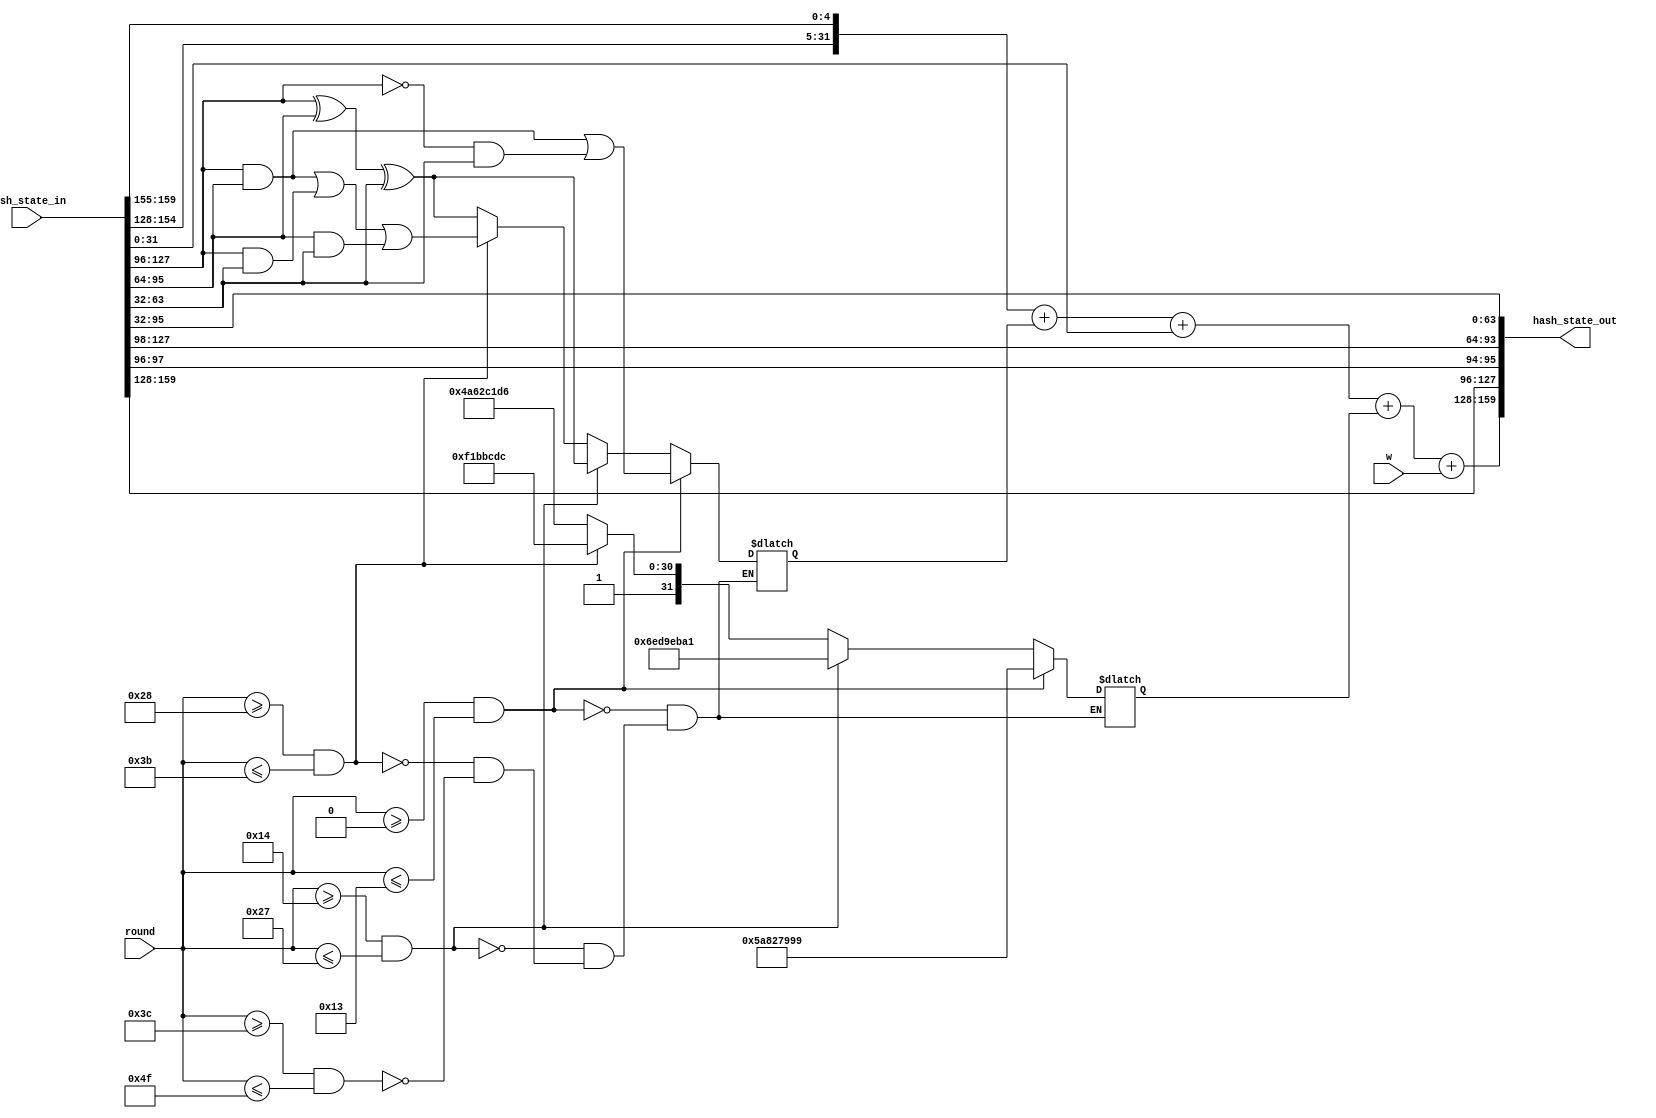
module sha1_compression(
   input  [159:0] hash_state_in,
   input  [ 31:0] w,
   input  [  6:0] round,
   output [159:0] hash_state_out
);
   reg  [31:0] k;
   reg  [31:0] f;
   wire [31:0] temp;
   
   wire [31:0] a = hash_state_in[159:128];
   wire [31:0] b = hash_state_in[127:96 ];
   wire [31:0] c = hash_state_in[ 95:64 ];
   wire [31:0] d = hash_state_in[ 63:32 ];
   wire [31:0] e = hash_state_in[ 31:0  ];
   
   assign temp = {a[26:0], a[31:27]} + f + e + k + w;
   assign hash_state_out = {temp, a, {b[1:0], b[31:2]}, c, d};
     
   always @ (round or b or c or d) begin
      case (1'b1)
         between(7'd0,  round, 7'd19): begin k = 32'h5A827999; f = (b & c) | (~b & d); end
         between(7'd20, round, 7'd39): begin k = 32'h6ED9EBA1; f = b ^ c ^ d; end
         between(7'd40, round, 7'd59): begin k = 32'h8F1BBCDC; f = (b & c) | (b & d) | (c & d); end
         between(7'd60, round, 7'd79): begin k = 32'hCA62C1D6; f = b ^ c ^ d; end
      endcase
   end
   
   function reg between(
      input [6:0] low,
      input [6:0] value,
      input [6:0] high
   ); 
      begin
         between = value >= low && value <= high;
      end
   endfunction
   
endmodule